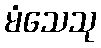
မံသေသု